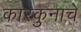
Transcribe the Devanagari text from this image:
कारकुनाचे